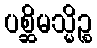
ပစ္ဆိမသ္မိဉ္စ